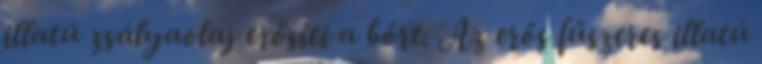
illatú zsályaolaj erősíti a bőrt. Az erős fűszeres illatú